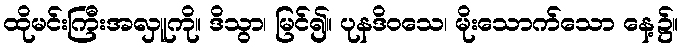
ထိုမင်းကြီးအလှူကို။ ဒိသွာ၊ မြင်၍။ ပုနဒိဝသေ၊ မိုးသောက်သော နေ့၌။